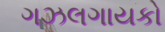
ગઝલગાયકો